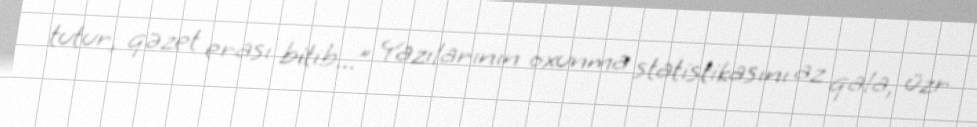
tutur, qəzet erası bitib...” Yazılarının oxunma statistikasını az qala, üzr